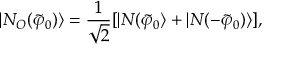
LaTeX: | N _ { O } ( \tilde { \varphi } _ { 0 } ) \rangle = \frac { 1 } { \sqrt { 2 } } [ | N ( \tilde { \varphi } _ { 0 } \rangle + | N ( - \tilde { \varphi } _ { 0 } ) \rangle ] ,